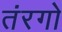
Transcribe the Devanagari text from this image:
तंरगो